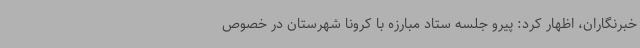
خبرنگاران، اظهار کرد: پیرو جلسه ستاد مبارزه با کرونا شهرستان در خصوص